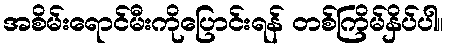
အစိမ်းရောင်မီးကိုပြောင်းရန် တစ်ကြိမ်နှိပ်ပါ။